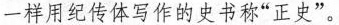
一样用纪传体写作的史书称”正史”。